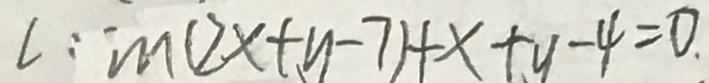
L : m ( 2 x + y - 7 ) + x + y - 4 = 0 .